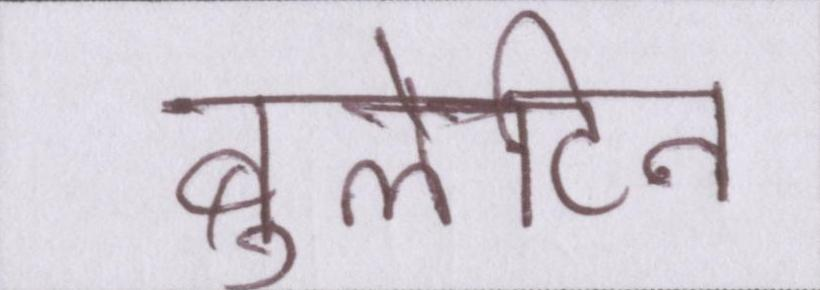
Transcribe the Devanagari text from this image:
बुलेटिन